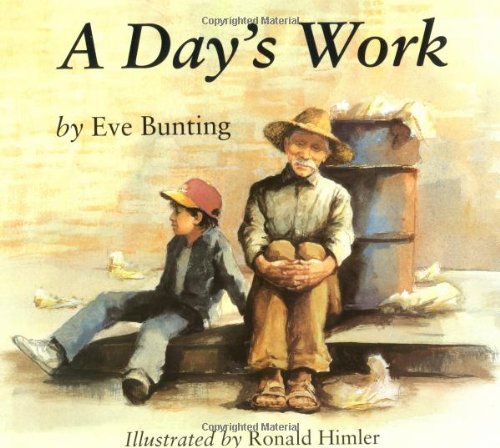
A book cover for A Day's Work; Eve Bunting; Children's Books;